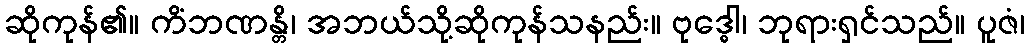
ဆိုကုန်၏။ ကိံဘဏန္တိ၊ အဘယ်သို့ဆိုကုန်သနည်း။ ဗုဒ္ဓေါ၊ ဘုရားရှင်သည်။ ပူဇံ၊